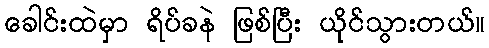
ခေါင်းထဲမှာ ရိပ်ခနဲ ဖြစ်ပြီး ယိုင်သွားတယ်။